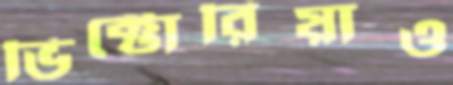
ভিক্টোরিয়াও